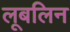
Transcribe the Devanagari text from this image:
लूबलिन